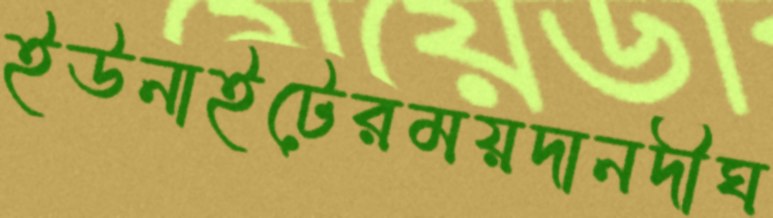
ইউনাইটেরময়দানদীঘ